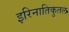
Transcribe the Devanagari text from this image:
इरिनातिकुतल